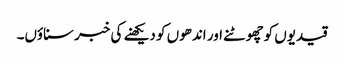
قیدیوں کوچھوٹنے اور اندھوں کو دیکھنے کی خبر سناؤں۔